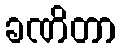
ခဏိတာ